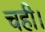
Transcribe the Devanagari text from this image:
चही।